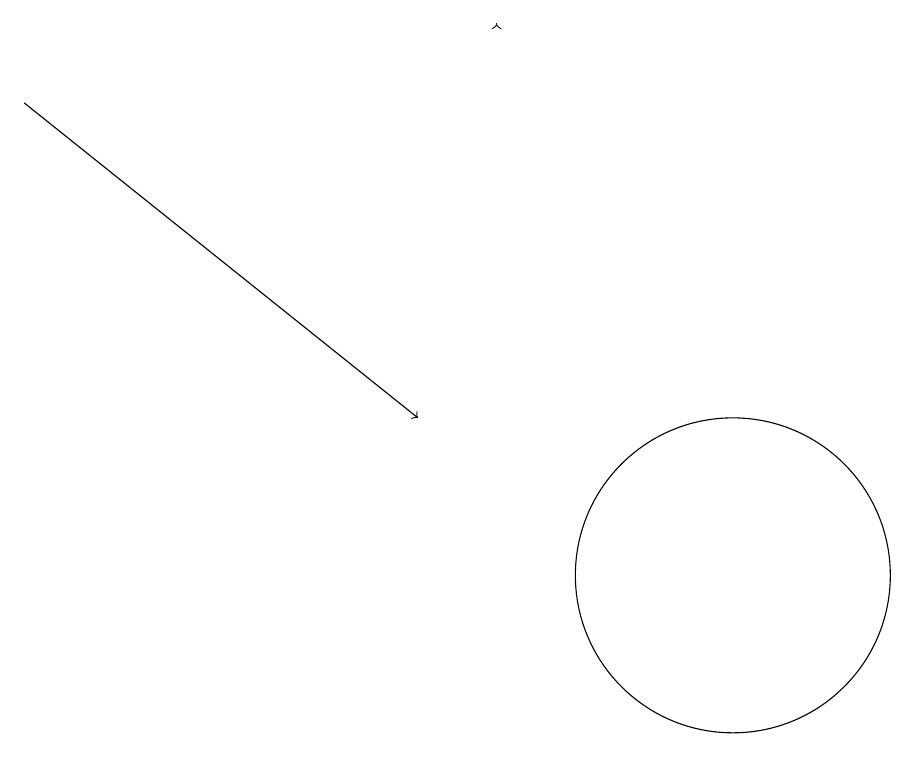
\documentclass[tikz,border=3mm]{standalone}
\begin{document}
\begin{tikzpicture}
\draw[->] (1,16) -- (6,12);
\draw (10,10) circle (2);
\draw[->] (7,17) -- (7,17);
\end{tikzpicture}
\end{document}